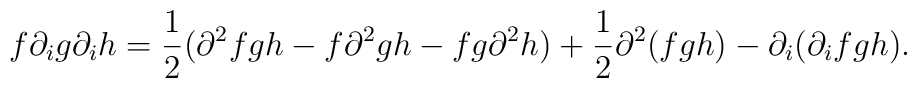
f \partial_i g \partial_i h= \frac{1}{2}(\partial^2 f g h - f \partial^2 g h - f g \partial^2 h)+ \frac{1}{2} \partial^2 (f g h) - \partial_i ( \partial_i f  g h).